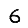
Digit: 6